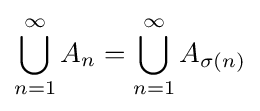
\displaystyle \bigcup _{n=1}^{\infty }A_{n}=\bigcup _{n=1}^{\infty }A_{\sigma (n)}